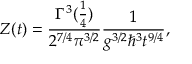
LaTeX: Z ( t ) = { \frac { \Gamma ^ { 3 } ( { \frac { 1 } { 4 } } ) } { 2 ^ { 7 / 4 } \pi ^ { 3 / 2 } } } { \frac { 1 } { g ^ { 3 / 2 } \hbar ^ { 3 } t ^ { 9 / 4 } } } ,